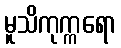
မူသိကုက္ကရော